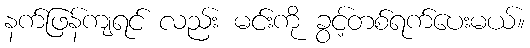
နက်ဖြန်ကျရင် လည်း မင်းကို ခွင့်တစ်ရက်ပေးမယ်။